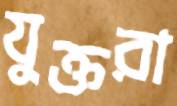
যুক্তরা